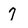
Character: 7